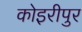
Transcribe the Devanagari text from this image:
कोइरीपुर